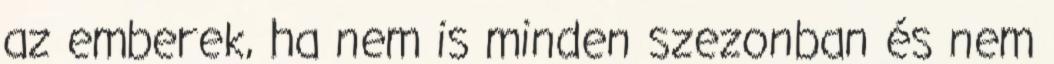
az emberek, ha nem is minden szezonban és nem